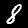
Label: 8